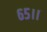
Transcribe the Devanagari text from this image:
६५।।